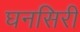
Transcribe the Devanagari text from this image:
घनसिरी